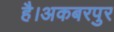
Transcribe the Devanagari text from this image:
है।अकबरपुर